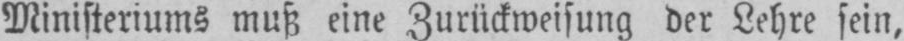
Ministeriums muß eine Zurückweisung der Lehre sein,